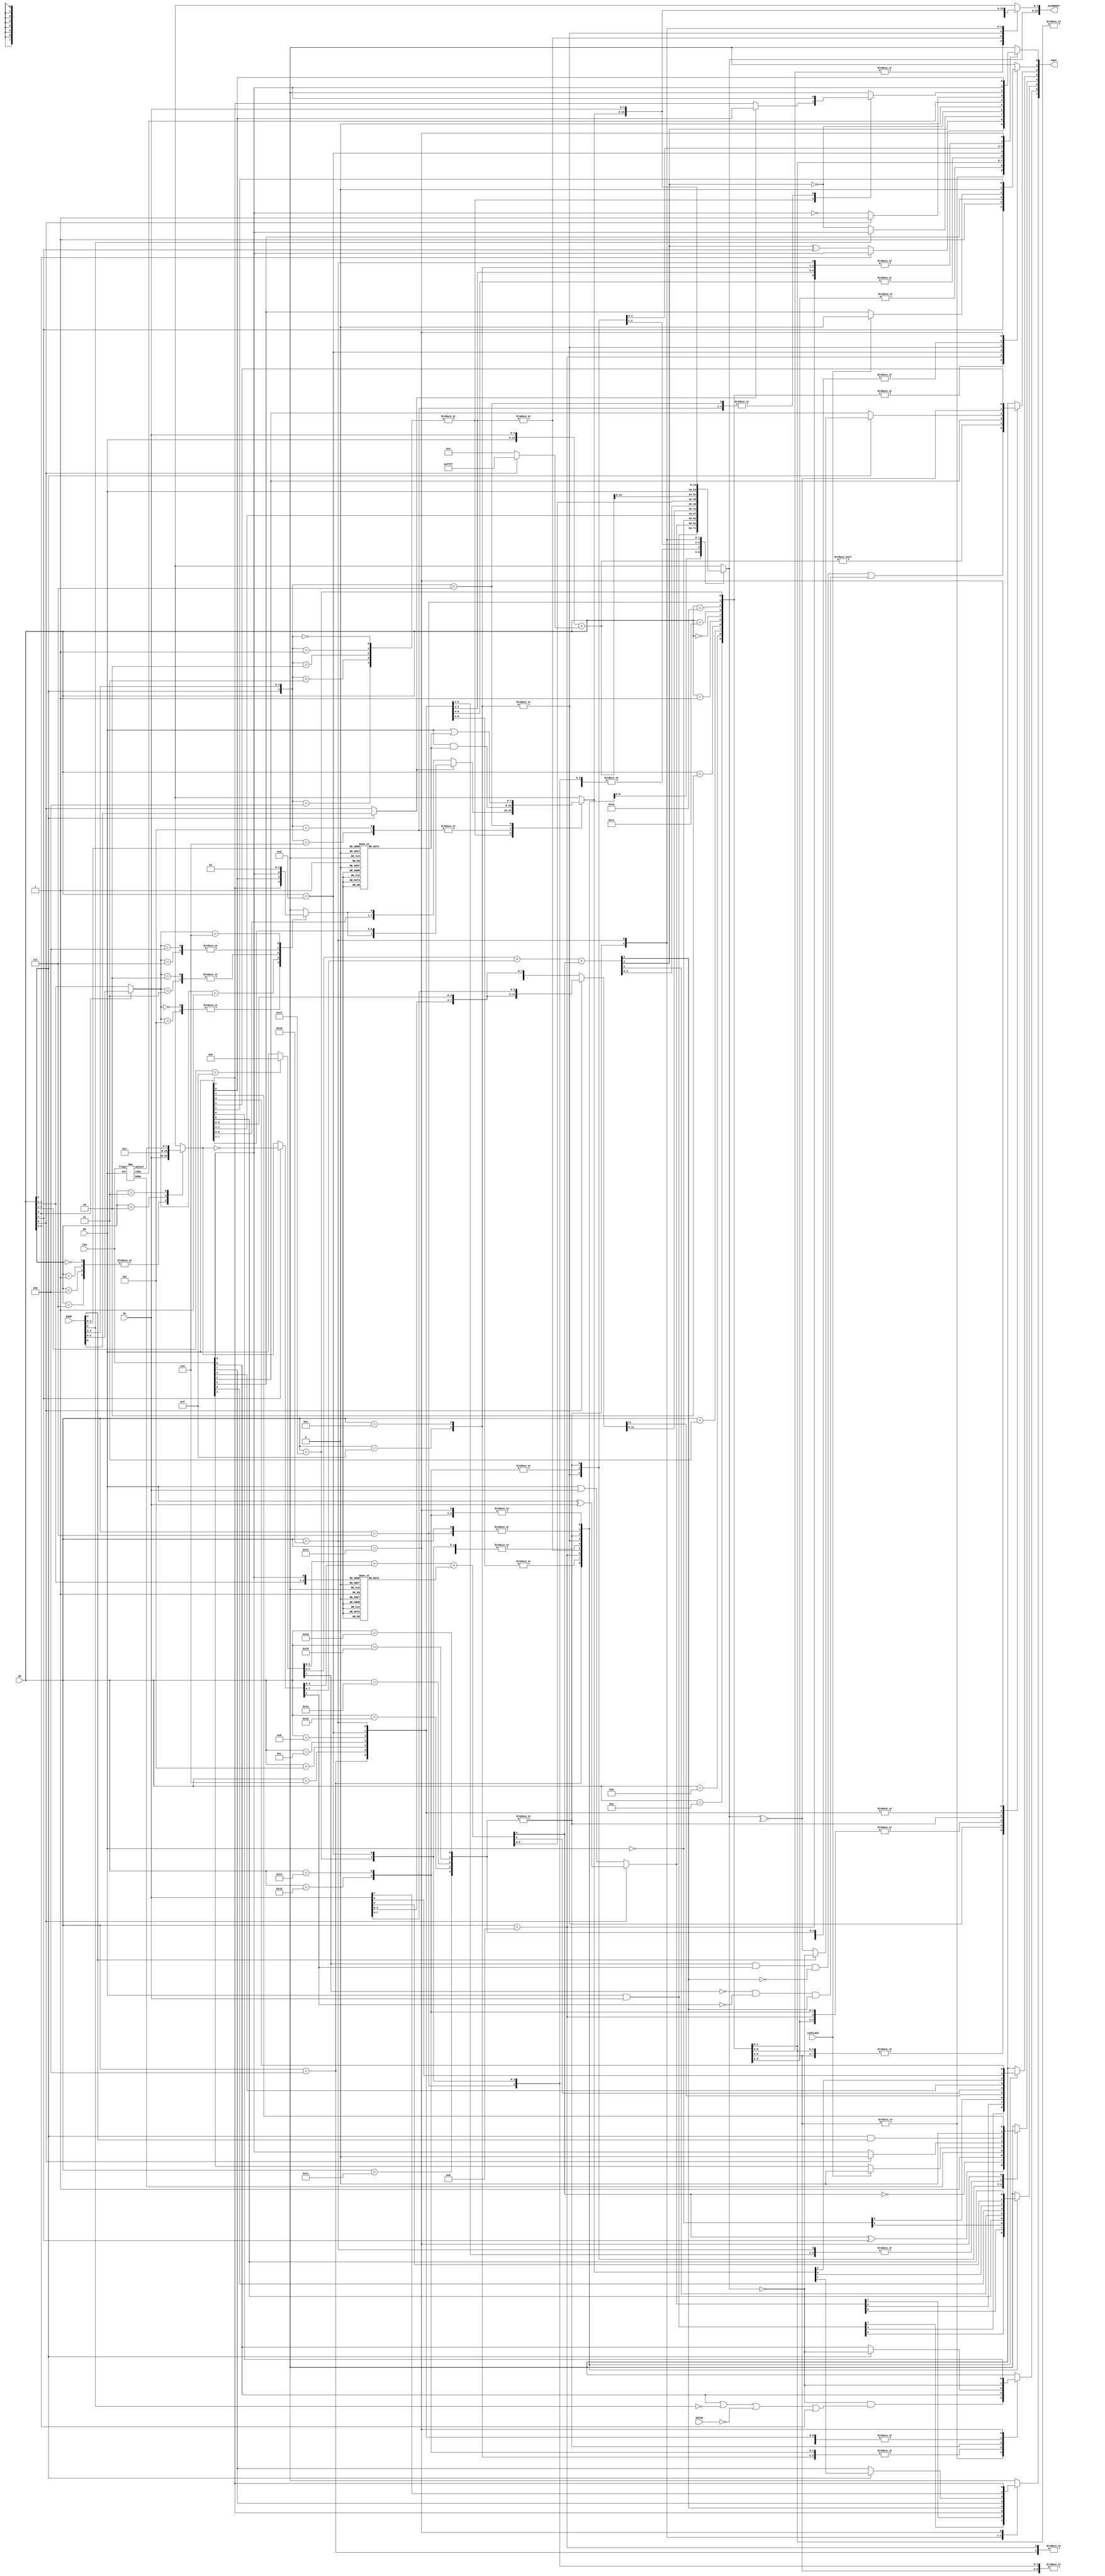
//////////////////////////////////////////////////////////////////////////////////
//
// This file is part of the NextZ80 project
// http://www.opencores.org/cores/nextz80/
//
// Description: Implementation of Z80 compatible CPU - ALU
// Version 1.0
//
//
/////////////////////////////////////////////////////////////////////////////////
// 
// Copyright (C) 2011 Nicolae Dumitrache
// 
// This source file may be used and distributed without 
// restriction provided that this copyright statement is not 
// removed from the file and that any derivative work contains 
// the original copyright notice and the associated disclaimer.
// 
// This source file is free software; you can redistribute it 
// and/or modify it under the terms of the GNU Lesser General 
// Public License as published by the Free Software Foundation;
// either version 2.1 of the License, or (at your option) any 
// later version. 
// 
// This source is distributed in the hope that it will be 
// useful, but WITHOUT ANY WARRANTY; without even the implied 
// warranty of MERCHANTABILITY or FITNESS FOR A PARTICULAR 
// PURPOSE. See the GNU Lesser General Public License for more 
// details. 
// 
// You should have received a copy of the GNU Lesser General 
// Public License along with this source; if not, download it 
// from http://www.opencores.org/lgpl.shtml 
// 
///////////////////////////////////////////////////////////////////////////////////

//FLAGS: S Z X1 N X2 PV N C
//	OP[4:0]
//	00000	-	ADD	D0,D1
//	00001	-	ADC	D0,D1
//	00010	-	SUB	D0,D1
//	00011	-	SBC	D0,D1
//	00100	-	AND	D0,D1
//	00101	-	XOR	D0,D1
//	00110	-	OR		D0,D1
//	00111	-	CP		D0,D1
//	01000	-	INC	D0
//	01001	-	CPL	D0
// 01010	-	DEC	D0
//	01011	-	RRD
// 01100	-	RLD
//	01101	-	DAA
//	01110	-	INC16
//	01111	-  DEC16
// 10000	-	ADD16LO
//	10001	-	ADD16HI
//	10010	-	
//	10011	-	
//	10100	-	CCF, pass D0
// 10101	-	SCF, pass D0
// 10110	-	
//	10111	-	
//	11000	-	RLCA	D0
//	11001	-	RRCA	D0
//	11010	-	RLA	D0
//	11011	- 	RRA	D0
//	11100	-	{ROT, BIT, SET, RES} D0,EXOP 
//				  RLC		D0			C <-- D0 <-- D0[7]
//            RRC		D0			D0[0] --> D0 --> C
//            RL		D0			C <-- D0 <-- C
//            RR		D0			C --> D0 --> C
//            SLA		D0			C <-- D0 <-- 0
//            SRA		D0			D0[7] --> D0 --> C
//            SLL		D0			C <-- D0 <-- 1
//            SRL		D0			0 --> D0 --> C
//	11101	-	IN, pass D1
//	11110	-	FLAGS <- D0
//	11111	-	NEG	D1	
///////////////////////////////////////////////////////////////////////////////////
`timescale 1ns / 1ps

module ALU8(
    input [7:0] D0,
    input [7:0] D1,
	 input [7:0] FIN,
    output reg[7:0] FOUT,
    output reg [15:0] ALU8DOUT,
    input [4:0] OP,
	 input [5:0] EXOP, // EXOP[5:4] = 2'b11 for CPI/D/R
	 input LDIFLAGS,	 // zero HF and NF on inc/dec16
	 input DSTHI		 // destination lo
    );
	
	wire [7:0] daaadjust;
	wire cdaa, hdaa;
	daa daa_adjust(.flags(FIN), .val(D0), .adjust(daaadjust), .cdaa(cdaa), .hdaa(hdaa));
	
	wire parity = ~^ALU8DOUT[15:8];
	wire zero = ALU8DOUT[15:8] == 0;
	reg csin, cin;
	wire [7:0]d0mux = OP[4:1] == 4'b1111 ? 0 : D0;
	reg [7:0]_d1mux;
	wire [7:0]d1mux = OP[1] ? ~_d1mux : _d1mux;
	wire [8:0]sum;
	wire hf;
	assign {hf, sum[3:0]} = d0mux[3:0] + d1mux[3:0] + cin;
	assign sum[8:4] = d0mux[7:4] + d1mux[7:4] + hf;
	wire overflow = (d0mux[7] & d1mux[7] & !sum[7]) | (!d0mux[7] & !d1mux[7] & sum[7]);
	reg [7:0]dbit;

	always @* begin
		ALU8DOUT = 16'hxxxx;
		FOUT = 8'hxx;
		case({OP[4:2]})
			0,1,4,7: _d1mux = D1;
			2: _d1mux = 1;
			3: _d1mux = daaadjust;		// DAA
			6,5: _d1mux = 8'hxx;
		endcase
		case({OP[2:0], FIN[0]})
			0,1,2,7,8,9,10,11,12,13:	cin = 0;
			3,4,5,6,14,15: cin = 1;
		endcase
		case(EXOP[3:0])
			0: dbit =  8'b11111110;
			1: dbit =  8'b11111101;
			2: dbit =  8'b11111011;
			3: dbit =  8'b11110111;
			4: dbit =  8'b11101111;
			5: dbit =  8'b11011111;
			6: dbit =  8'b10111111;
			7: dbit =  8'b01111111;
			8: dbit =  8'b00000001;
			9: dbit =  8'b00000010;
			10: dbit = 8'b00000100;
			11: dbit = 8'b00001000;
			12: dbit = 8'b00010000;
			13: dbit = 8'b00100000;
			14: dbit = 8'b01000000;
			15: dbit = 8'b10000000;
		endcase
		case(OP[3] ? EXOP[2:0] : OP[2:0])
			0,5:	csin = D0[7];
			1: 	csin = D0[0];
			2,3:	csin = FIN[0];
			4,7:	csin = 0;
			6:		csin = 1;
		endcase
		case(OP[4:0])
			0,1,2,3,8,10:	begin		// ADD, ADC, SUB, SBC, INC, DEC
				ALU8DOUT[15:8] = sum[7:0];
				ALU8DOUT[7:0] = sum[7:0];
				FOUT[0] = OP[3] ? FIN[0] : (sum[8] ^ OP[1]); // inc/dec
				FOUT[1] = OP[1];
				FOUT[2] = overflow;
				FOUT[3] = ALU8DOUT[11];
				FOUT[4] = hf ^ OP[1];
				FOUT[5] = ALU8DOUT[13];
				FOUT[6] = zero & (FIN[6] | ~EXOP[5] | ~DSTHI | OP[3]); //(EXOP[5] & DSTHI) ? (zero & FIN[6]) : zero;				// adc16/sbc16
				FOUT[7] = ALU8DOUT[15];
			end
			16,17:	begin		// ADD16LO, ADD16HI
				ALU8DOUT[15:8] = sum[7:0];
				ALU8DOUT[7:0] = sum[7:0];
				FOUT[0] = sum[8];
				FOUT[1] = OP[1];
				FOUT[2] = FIN[2];
				FOUT[3] = ALU8DOUT[11];
				FOUT[4] = hf ^ OP[1];
				FOUT[5] = ALU8DOUT[13];
				FOUT[6] = FIN[6];
				FOUT[7] = FIN[7];
			end
			7: begin		// CP
				ALU8DOUT[15:8] = sum[7:0];
				FOUT[0] = EXOP[5] ? FIN[0] : !sum[8]; // CPI/D/R
				FOUT[1] = OP[1];
				FOUT[2] = overflow;
				FOUT[3] = D1[3];
				FOUT[4] = !hf;
				FOUT[5] = D1[5];
				FOUT[6] = zero;
				FOUT[7] = ALU8DOUT[15];
			end
			31:	begin		// NEG
				ALU8DOUT[15:8] = sum[7:0];
				FOUT[0] = !sum[8];
				FOUT[1] = OP[1];
				FOUT[2] = overflow;
				FOUT[3] = ALU8DOUT[11];
				FOUT[4] = !hf;
				FOUT[5] = ALU8DOUT[13];
				FOUT[6] = zero;
				FOUT[7] = ALU8DOUT[15];
			end
			4: begin			// AND
				ALU8DOUT[15:8] = D0 & D1;
				FOUT[0] = 0;
				FOUT[1] = 0;
				FOUT[2] = parity;
				FOUT[3] = ALU8DOUT[11];
				FOUT[4] = 1;
				FOUT[5] = ALU8DOUT[13];
				FOUT[6] = zero;
				FOUT[7] = ALU8DOUT[15];
			end
			5,6: begin		//XOR, OR
				ALU8DOUT[15:8] = OP[0] ? (D0 ^ D1) : (D0 | D1);
				FOUT[0] = 0;
				FOUT[1] = 0;
				FOUT[2] = parity;
				FOUT[3] = ALU8DOUT[11];
				FOUT[4] = 0;
				FOUT[5] = ALU8DOUT[13];
				FOUT[6] = zero;
				FOUT[7] = ALU8DOUT[15];
			end
			9: begin			// CPL
				ALU8DOUT[15:8] = ~D0;
				FOUT[0] = FIN[0];
				FOUT[1] = 1;
				FOUT[2] = FIN[2];
				FOUT[3] = ALU8DOUT[11];
				FOUT[4] = 1;
				FOUT[5] = ALU8DOUT[13];
				FOUT[7:6] = FIN[7:6];
			end
			11,12: begin					// RLD, RRD
				if(OP[0]) ALU8DOUT = {D0[7:4], D1[3:0], D0[3:0], D1[7:4]};
				else ALU8DOUT = {D0[7:4], D1[7:0], D0[3:0]};
				FOUT[0] = FIN[0];
				FOUT[1] = 0;
				FOUT[2] = parity;
				FOUT[3] = ALU8DOUT[11];
				FOUT[4] = 0;
				FOUT[5] = ALU8DOUT[13];
				FOUT[6] = zero;
				FOUT[7] = ALU8DOUT[15];
			end			
			13: begin	// DAA
				ALU8DOUT[15:8] = sum[7:0];
				FOUT[0] = cdaa;
				FOUT[1] = FIN[1];
				FOUT[2] = parity;
				FOUT[3] = ALU8DOUT[11];
				FOUT[4] = hdaa;
				FOUT[5] = ALU8DOUT[13];
				FOUT[6] = zero;
				FOUT[7] = ALU8DOUT[15];
			end
			14,15: begin	// inc/dec 16
				ALU8DOUT = {D0, D1} + (OP[0] ? 16'hffff : 16'h0001);
				FOUT[0] = FIN[0];
				FOUT[1] = LDIFLAGS ? 1'b0 : FIN[1];
				FOUT[2] = ALU8DOUT != 0;
				FOUT[3] = FIN[3];
				FOUT[4] = LDIFLAGS ? 1'b0 : FIN[4];
				FOUT[5] = FIN[5];
				FOUT[6] = FIN[6];
				FOUT[7] = FIN[7];
			end
			20,21: begin		// CCF, SCF
				ALU8DOUT[15:8] = D0;
				FOUT[0] = OP[0] ? 1'b1 : !FIN[0];
				FOUT[1] = 1'b0;
				FOUT[2] = FIN[2];
				FOUT[3] = ALU8DOUT[11];
				FOUT[4] = OP[0] ? 1'b0 : FIN[0];
				FOUT[5] = ALU8DOUT[13];
				FOUT[6] = FIN[6];
				FOUT[7] = FIN[7];				
			end
			24,25,26,27, 28: begin 							// ROT, BIT, RES, SET
				case({OP[2], EXOP[4:3]})
					0,1,2,3,4:	// rot - shift
						if(OP[2] ? EXOP[0] : OP[0]){ALU8DOUT[15:8], FOUT[0]} = {csin, D0};		// right
						else							 	{FOUT[0], ALU8DOUT[15:8]} = {D0, csin};		// left
					5,6: begin	// BIT, RES 
						FOUT[0] = FIN[0]; 
						ALU8DOUT[15:8] = D0 & dbit; 
					end		
					7: begin 	// SET
						FOUT[0] = FIN[0]; 
						ALU8DOUT[15:8] = D0 | dbit; 
					end			
				endcase
				ALU8DOUT[7:0] = ALU8DOUT[15:8];
				FOUT[1] = 0;
				FOUT[2] = OP[2] ? (EXOP[3] ? zero : parity) : FIN[2];
				FOUT[3] = ALU8DOUT[11];
				FOUT[4] = OP[2] & EXOP[3];
				FOUT[5] = ALU8DOUT[13];
				FOUT[6] = OP[2] ? zero : FIN[6];
				FOUT[7] = OP[2] ? ALU8DOUT[15] : FIN[7];
			end
			29:	begin		// IN, pass D1
				ALU8DOUT = {D1, D1};
				FOUT[0] = FIN[0];
				FOUT[1] = 0;
				FOUT[2] = parity;
				FOUT[3] = ALU8DOUT[11];
				FOUT[4] = 0;
				FOUT[5] = ALU8DOUT[13];
				FOUT[6] = zero;
				FOUT[7] = ALU8DOUT[15];
			end
			30: FOUT = D0;		// FLAGS <- D0
			default:;
		endcase
	end
endmodule

module daa (
	input [7:0]flags,
	input [7:0]val,
	output wire [7:0]adjust,
	output reg cdaa,
	output reg hdaa
	);
	
	wire h08 = val[7:4] < 9;
	wire h09 = val[7:4] < 10;
	wire l05 = val[3:0] < 6;
	wire l09 = val[3:0] < 10;
	reg [1:0]aa;
	assign adjust = ({1'b0, aa[1], aa[1], 2'b0, aa[0], aa[0], 1'b0} ^ {8{flags[1]}}) + flags[1];
	
	always @* begin
		case({flags[0], h08, h09, flags[4], l09})
			5'b00101, 5'b01101:	aa = 0;
			5'b00111, 5'b01111, 5'b01000, 5'b01010, 5'b01100, 5'b01110:	aa = 1;
			5'b00001, 5'b01001, 5'b10001, 5'b10101, 5'b11001, 5'b11101:	aa = 2;
			default: aa = 3;
		endcase
		case({flags[0], h08, h09, l09})
			4'b0011, 4'b0111, 4'b0100, 4'b0110:	cdaa = 0;
			default: cdaa = 1;
		endcase
		case({flags[1], flags[4], l05, l09})
			4'b0000, 4'b0010, 4'b0100, 4'b0110, 4'b1110, 4'b1111:	hdaa = 1;
			default:	hdaa = 0;
		endcase
	end
endmodule


module ALU16(
    input [15:0] D0,
    input [7:0] D1,
    output wire[15:0] DOUT,
    input [2:0]OP	// 0-NOP, 1-INC, 2-INC2, 3-ADD, 4-NOP, 5-DEC, 6-DEC2
    );
	
	reg [15:0] mux;
	always @*
		case(OP)
			0: mux = 0;				// post inc
			1: mux = 1;				// post inc
			2: mux = 2;				// post inc
			3: mux = {D1[7], D1[7], D1[7], D1[7], D1[7], D1[7], D1[7], D1[7], D1[7:0]};	// post inc
			4: mux = 0;				// no post inc			
			5: mux = 16'hffff;	// no post inc
			6: mux = 16'hfffe;	// no post inc
			default: mux = 16'hxxxx;
		endcase
	
	assign DOUT = D0 + mux;
endmodule